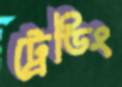
ট্রেডিং